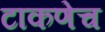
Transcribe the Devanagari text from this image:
टाकणेच